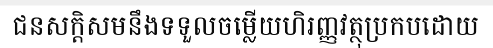
ជនសក្តិសមនឹងទទួលចម្លើយហិរញ្ញវត្ថុប្រកបដោយ